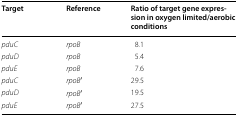
<table><thead><tr><td><b>Target</b></td><td><b>Reference</b></td><td><b>Ratio of target gene expression in oxygen limited/aerobic conditions</b></td></tr></thead><tbody><tr><td><i>pduC</i></td><td><i>rpoB</i></td><td>8.1</td></tr><tr><td><i>pduD</i></td><td><i>rpoB</i></td><td>5.4</td></tr><tr><td><i>pduE</i></td><td><i>rpoB</i></td><td>7.6</td></tr><tr><td><i>pduC</i></td><td><i>rpoB</i>′</td><td>29.5</td></tr><tr><td><i>pduD</i></td><td><i>rpoB</i>′</td><td>19.5</td></tr><tr><td><i>pduE</i></td><td><i>rpoB</i>′</td><td>27.5</td></tr></tbody></table>